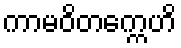
ကာမဝိတက္ကေဟိ